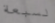
لسبعة